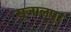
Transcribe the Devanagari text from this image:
सूजालपुर